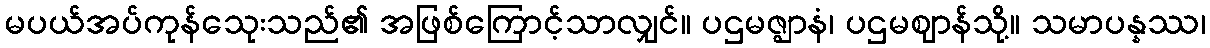
မပယ်အပ်ကုန်သေုးသည်၏ အဖြစ်ကြောင့်သာလျှင်။ ပဌမဇ္ဈာနံ၊ ပဌမဈာန်သို့။ သမာပန္နဿ၊